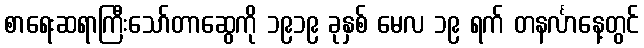
စာရေးဆရာကြီးသော်တာဆွေကို ၁၉၁၉ ခုနှစ် မေလ ၁၉ ရက် တနင်္လာနေ့တွင်